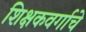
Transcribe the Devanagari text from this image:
शिक्षकवर्गाचे